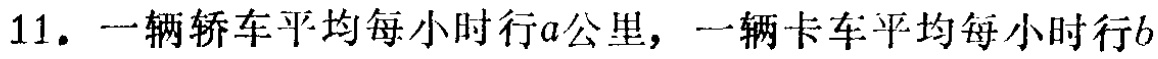
11. 一辆轿车平均每小时行\(a\)公里，一辆卡车平均每小时行\(b\)